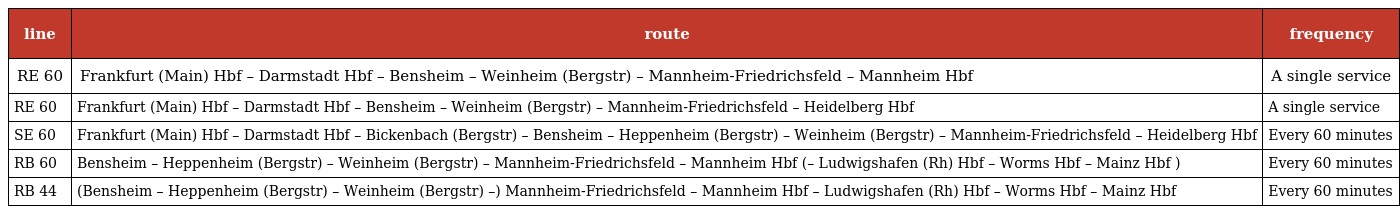
| line | route | frequency |
 | --- | --- | --- |
 | RE 60 | Frankfurt (Main) Hbf – Darmstadt Hbf – Bensheim – Weinheim (Bergstr) – Mannheim-Friedrichsfeld – Mannheim Hbf | A single service |
 | RE 60 | Frankfurt (Main) Hbf – Darmstadt Hbf – Bensheim – Weinheim (Bergstr) – Mannheim-Friedrichsfeld – Heidelberg Hbf | A single service |
 | SE 60 | Frankfurt (Main) Hbf – Darmstadt Hbf – Bickenbach (Bergstr) – Bensheim – Heppenheim (Bergstr) – Weinheim (Bergstr) – Mannheim-Friedrichsfeld – Heidelberg Hbf | Every 60 minutes |
 | RB 60 | Bensheim – Heppenheim (Bergstr) – Weinheim (Bergstr) – Mannheim-Friedrichsfeld – Mannheim Hbf (– Ludwigshafen (Rh) Hbf – Worms Hbf – Mainz Hbf ) | Every 60 minutes |
 | RB 44 | (Bensheim – Heppenheim (Bergstr) – Weinheim (Bergstr) –) Mannheim-Friedrichsfeld – Mannheim Hbf – Ludwigshafen (Rh) Hbf – Worms Hbf – Mainz Hbf | Every 60 minutes |